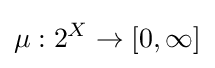
\mu :2^{X}\to [0,\infty ]